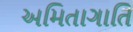
અમિતાગાતિ